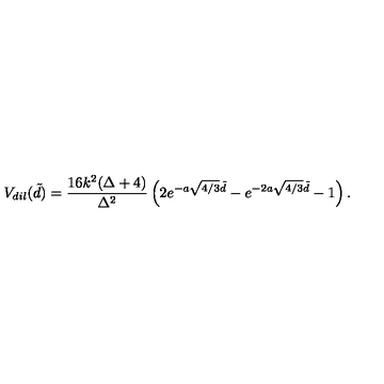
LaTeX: V _ { d i l } ( \tilde { d } ) = \frac { 1 6 k ^ { 2 } ( \Delta + 4 ) } { \Delta ^ { 2 } } \left( 2 e ^ { - a \sqrt { 4 / 3 } \tilde { d } } - e ^ { - 2 a \sqrt { 4 / 3 } \tilde { d } } - 1 \right) .